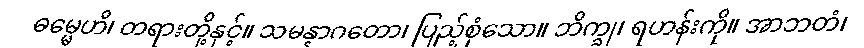
ဓမ္မေဟိ၊ တရားတို့နှင့်။ သမန္နာဂတော၊ ပြည့်စုံသော။ ဘိက္ခု၊ ရဟန်းကို။ အာဘတံ၊